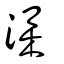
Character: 潗